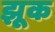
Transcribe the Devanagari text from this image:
झूक